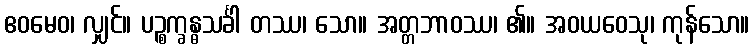
ဧဝမေဝ၊ လျှင်။ ပဉ္စက္ခန္ဓသင်္ခါ တဿ၊ သော။ အတ္တဘာဝဿ၊ ၏။ အဝယဝေသု၊ ကုန်သော။